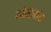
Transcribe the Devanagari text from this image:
कोस्टमांस